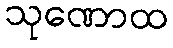
သုဏောထ